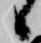
候